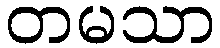
တမသာ